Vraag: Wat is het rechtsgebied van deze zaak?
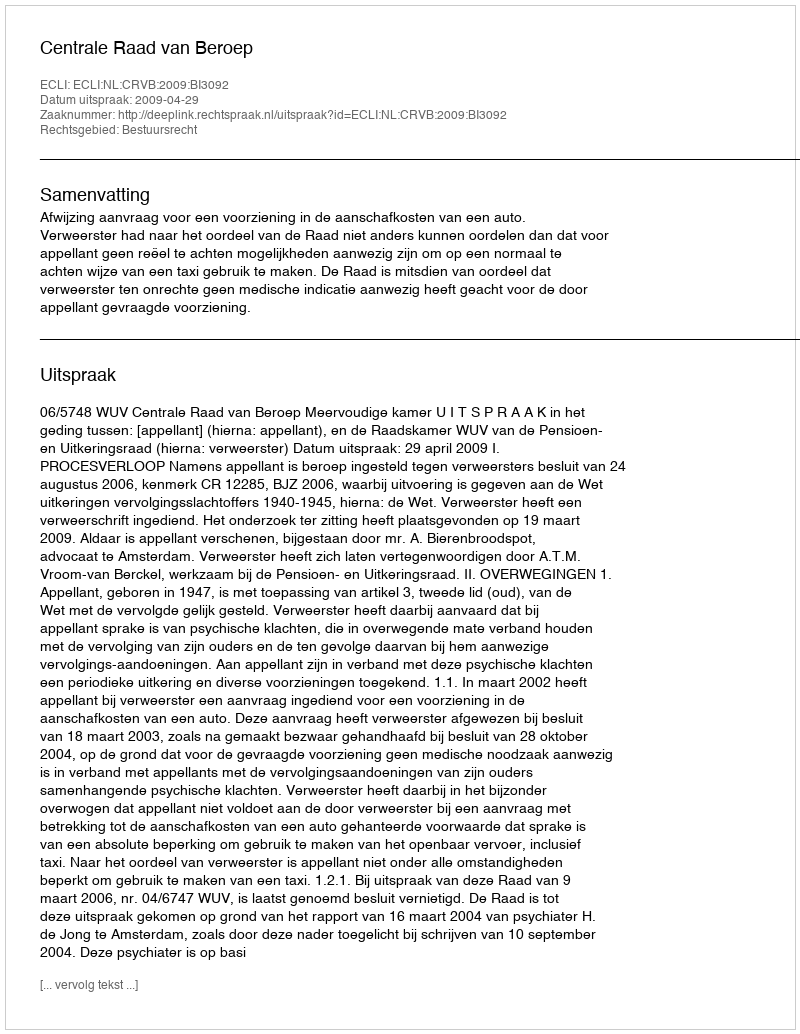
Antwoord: Bestuursrecht